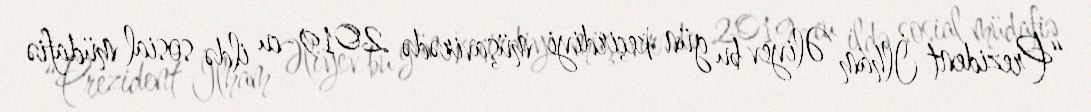
“Prezident İlham Əliyev bu gün keçirdiyi müşavirədə 2019-cu ildə sosial müdafiə